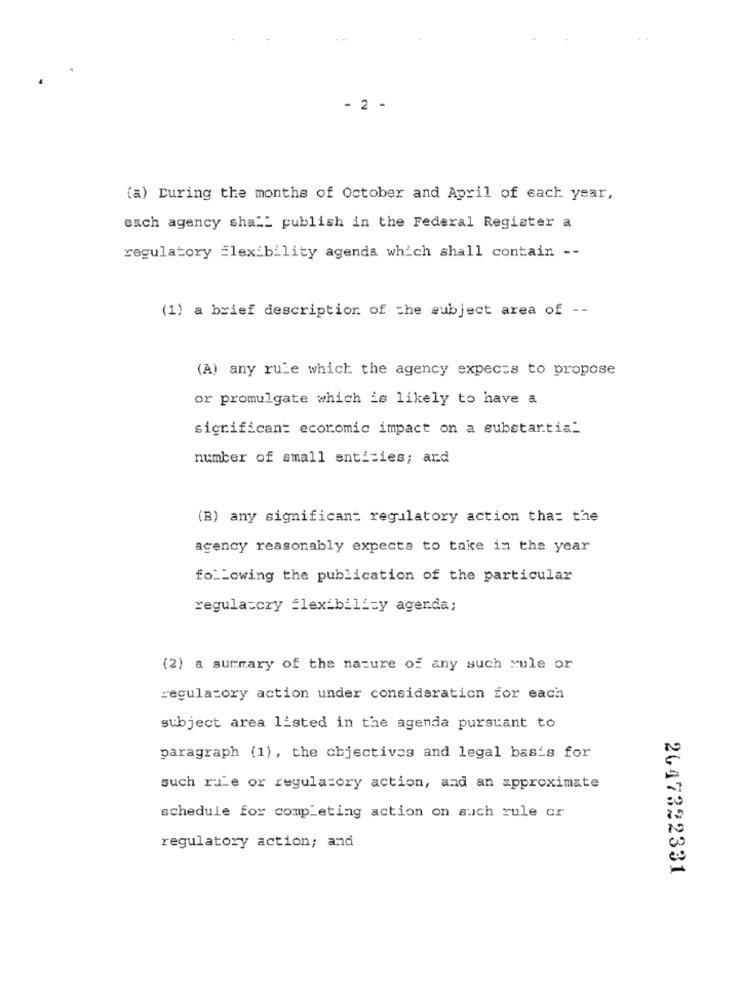
- 2 -
(a) During the months of October and April of each year,
each agency sha __ publish in the Federal Register a
regulatory flexibility agenda which shall contain --
(1) a brief description of the subject area of --
(A) any rule which the agency expects to propose
or promulgate which is likely to have a
significant economic impact on a substantial
number of small entities; and
(B) any significant regulatory action that the
agency reasonably expects to take in the year
following the publication of the particular
regulatory flexibility agenda;
(2) a surmary of the nature of any such rule or
regulatory action under consideration for each
subject area listed in the agenda pursuant to
paragraph (1), the objectives and legal basis for
such rule or regulatory action, and an approximate
schedule for completing action on auch rule or
regulatory action; and
2647322331